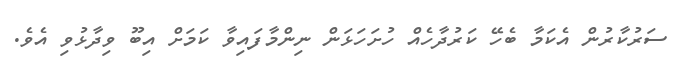
ސަރުކާރުން އެކަމާ ބެހޭ ކަރުދާހެއް ހުށަހަޅަން ނިންމާފައިވާ ކަމަށް އިބޫ ވިދާޅުވި އެވެ.